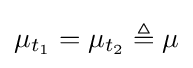
\mu _{t_{1}}=\mu _{t_{2}}\triangleq \mu